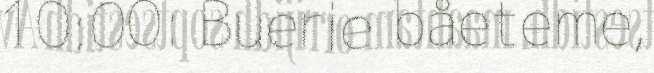
10:00: Buerie båeteme,